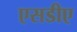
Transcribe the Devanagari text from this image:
एसडीए